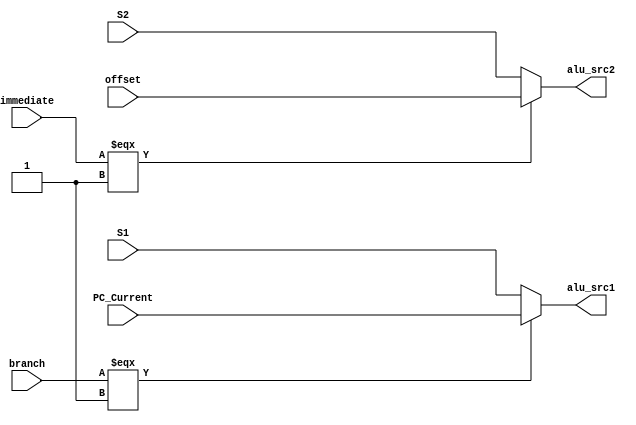
module alu_source(immediate,branch,PC_Current,S1,S2,offset,alu_src1,alu_src2);
	input immediate,branch;
    input [7:0]S2,S1,offset;
    input [7:0] PC_Current;
  	output [7:0]alu_src1,alu_src2;
  	assign alu_src1 = (branch === 1'b1) ? PC_Current : S1;
  	assign alu_src2 = (immediate === 1'b1) ? offset : S2;
endmodule